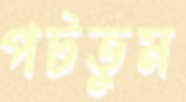
পটতুম